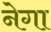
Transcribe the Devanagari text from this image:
नेगा